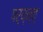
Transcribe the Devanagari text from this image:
पर्य्न्त्